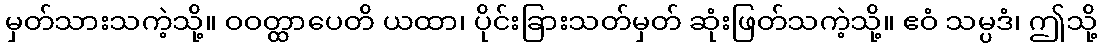
မှတ်သားသကဲ့သို့။ ဝဝတ္ထာပေတိ ယထာ၊ ပိုင်းခြားသတ်မှတ် ဆုံးဖြတ်သကဲ့သို့။ ဧဝံ သမ္ပဒံ၊ ဤသို့